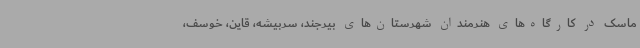
ماسک در کارگاه‌های هنرمندان شهرستان‌های بیرجند، سربیشه، قاین، خوسف،